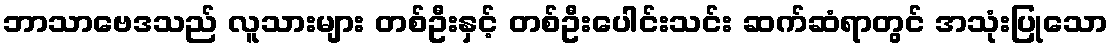
ဘာသာဗေဒသည် လူသားများ တစ်ဦးနှင့် တစ်ဦးပေါင်းသင်း ဆက်ဆံရာတွင် အသုံးပြုသော